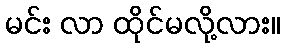
မင်း လာ ထိုင်မလို့လား။